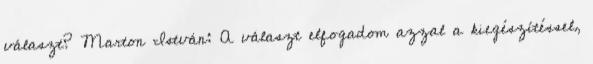
választ? Marton István: A választ elfogadom azzal a kiegészítéssel,